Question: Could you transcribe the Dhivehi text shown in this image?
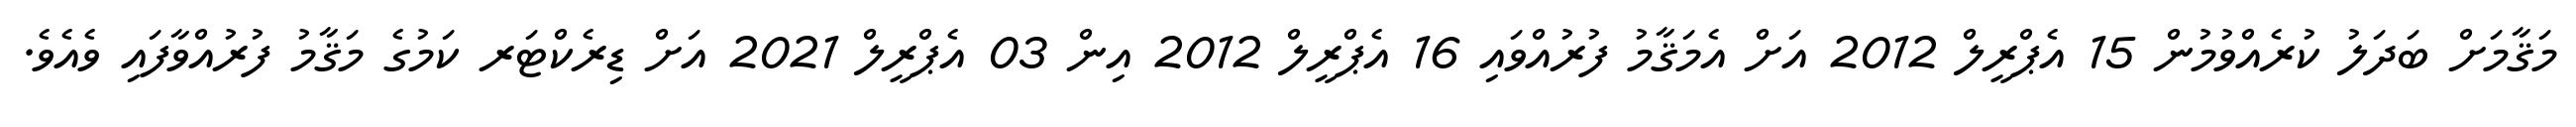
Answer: މަޤާމަށް ބަދަލު ކުރެއްވުމުން 15 އެޕްރީލް 2012 އަށް އެމަޤާމު ފުރުއްވައި 16 އެޕްރީލް 2012 އިން 03 އެޕްރީލް 2021 އަށް ޑިރެކްޓަރ ކަމުގެ މަޤާމު ފުރުއްވާފައި ވެއެވެ.